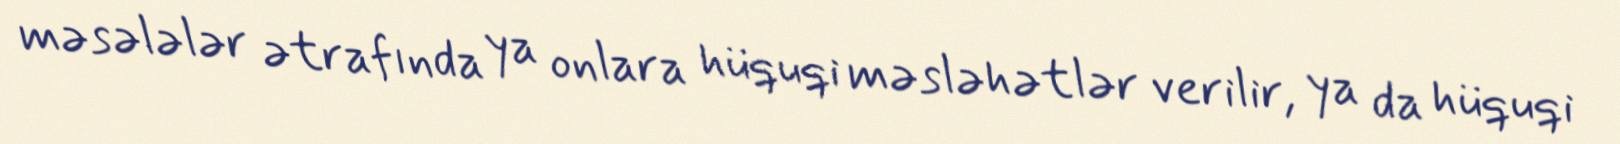
məsələlər ətrafında ya onlara hüquqi məsləhətlər verilir, ya da hüquqi